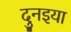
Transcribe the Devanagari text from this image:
दुनइया